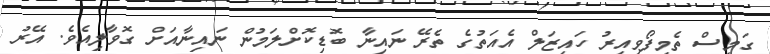
ގަމީސް ތެމިފޯވިއިރު ހައިޒަލް އެއަތުގެ ތެރޭ ނައިނާ ބޮޑިކޮށްލަމުން ނައިނާއަށް ގޮވާލިއެވެ. އޭރު